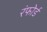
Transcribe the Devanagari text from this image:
रंफोर्ड